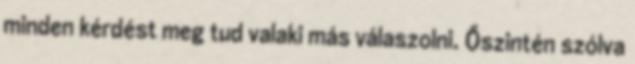
minden kérdést meg tud valaki más válaszolni. Őszintén szólva